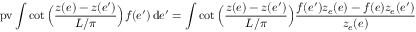
\mathrm { p v } \int \cot \Big ( \frac { z ( e ) - z ( e ^ { \prime } ) } { L / \pi } \Big ) f ( e ^ { \prime } ) \, \mathrm { d } e ^ { \prime } = \int \cot \Big ( \frac { z ( e ) - z ( e ^ { \prime } ) } { L / \pi } \Big ) \frac { f ( e ^ { \prime } ) z _ { e } ( e ) - f ( e ) z _ { e } ( e ^ { \prime } ) } { z _ { e } ( e ) } \, \mathrm { d } e ^ { \prime } \, ,